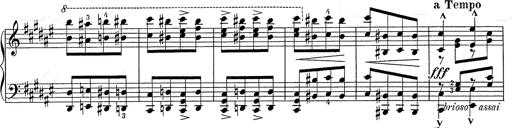
Title: Hungarian Rhapsody No.2
Composer: Franz Liszt
Key: C-sharp minor